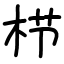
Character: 栉